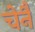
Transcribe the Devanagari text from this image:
चेनै